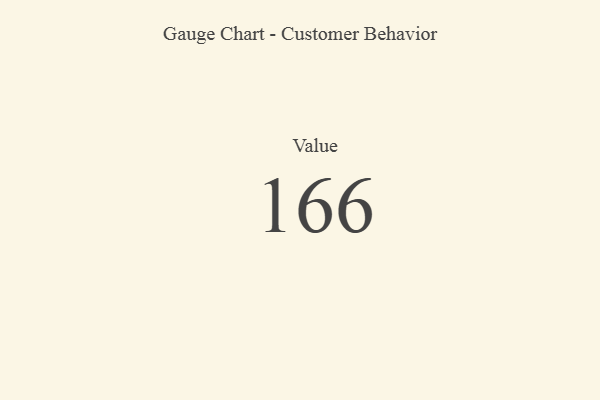
{"axis": {"x": "Metric", "y": "Value"}, "legend": [""], "data": [{"x": "Value", "y": 166, "type": ""}]}